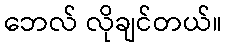
ဘေလ် လိုချင်တယ်။